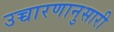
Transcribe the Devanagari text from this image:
उच्चारणानुसारी